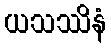
ယသဿိနံ